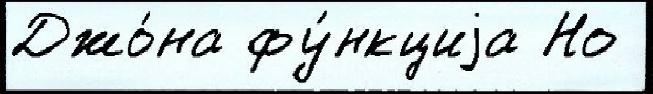
Джо́на фу́нкциjа Но